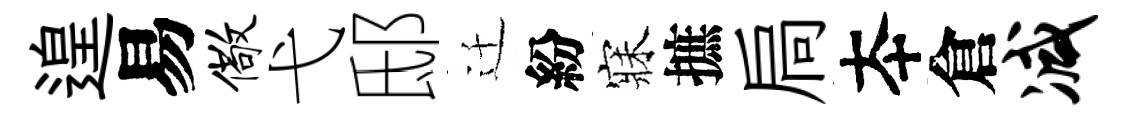
遑易儆弋邸迁紛寐摭扃夲倉减